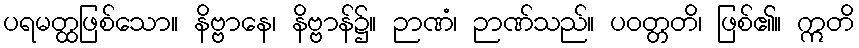
ပရမတ္ထဖြစ်သော။ နိဗ္ဗာနေ၊ နိဗ္ဗာန်၌။ ဉာဏံ၊ ဉာဏ်သည်။ ပဝတ္တတိ၊ ဖြစ်၏။ ဣတိ